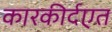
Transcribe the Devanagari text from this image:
कारकीर्दएत